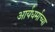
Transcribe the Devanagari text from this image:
आर्यधर्माच्या